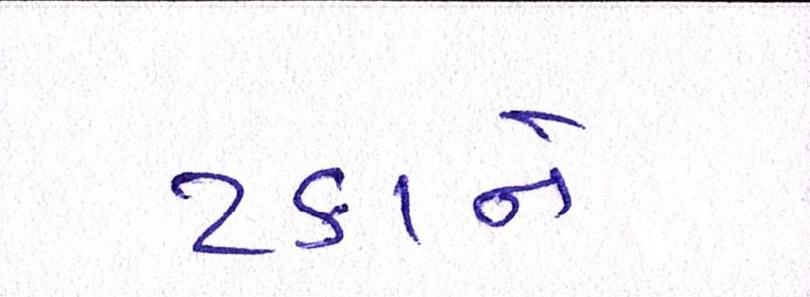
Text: ટકાને